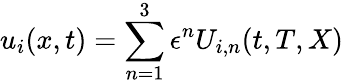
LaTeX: u_{i}(x,t)=\sum_{n=1}^{3}\epsilon^{n}U_{i,n}(t,T,X)